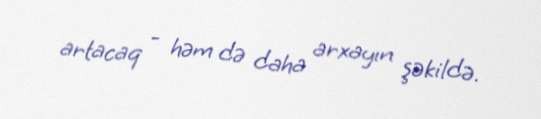
artacaq - həm də daha arxayın şəkildə.